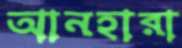
আনহারা